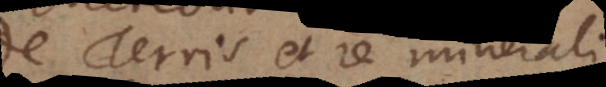
De Terris et re minerali.